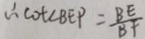
\therefore \cot \angle B E P = \frac { B E } { B F }